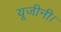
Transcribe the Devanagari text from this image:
यूजीनी।